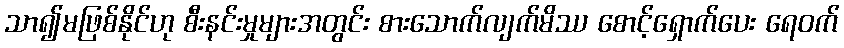
သာ၍မဖြစ်နိုင်ဟု စီးနင်းမှုများအတွင်း စားသောက်လျက်မိဿ စောင့်ရှောက်ပေး ရေဝက်